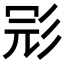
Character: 𢒎